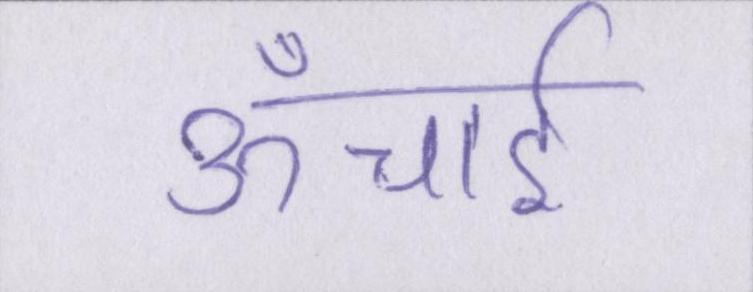
ऊँचाई